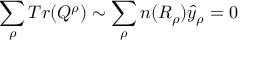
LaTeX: \sum _ { \rho } T r ( Q ^ { \rho } ) \sim \sum _ { \rho } n ( R _ { \rho } ) \hat { y } _ { \rho } = 0